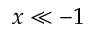
x \ll - 1